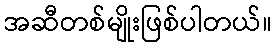
အဆီတစ်မျိုးဖြစ်ပါတယ်။